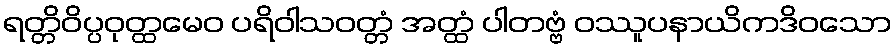
ရတ္တိဝိပ္ပဝုတ္ထမေဝ ပရိဝါသဝတ္တံ အတ္ထံ ပါတဗ္ဗံ ဝဿူပနာယိကဒိဝသော